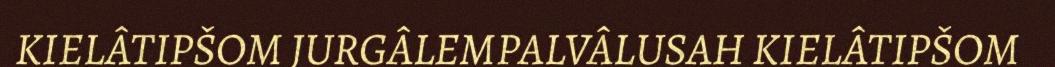
KIELÂTIPŠOM JURGÂLEMPALVÂLUSAH KIELÂTIPŠOM